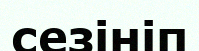
сезініп